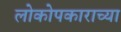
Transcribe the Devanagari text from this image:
लोकोपकाराच्या